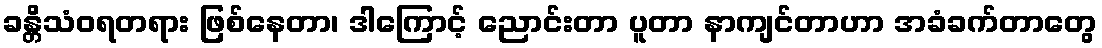
ခန္တိသံဝရတရား ဖြစ်နေတာ၊ ဒါကြောင့် ညောင်းတာ ပူတာ နာကျင်တာဟာ အခံခက်တာတွေ